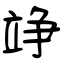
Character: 竫